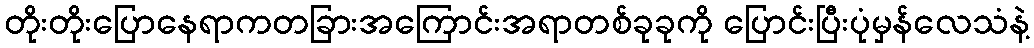
တိုးတိုးပြောနေရာကတခြားအကြောင်းအရာတစ်ခုခုကို ပြောင်းပြီးပုံမှန်လေသံနဲ့